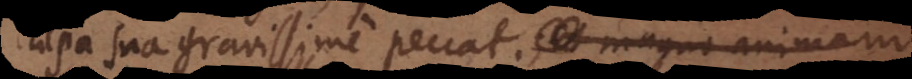
culpa sua gravissime peccat; et magno animam